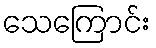
သေကြောင်း